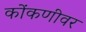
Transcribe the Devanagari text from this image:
कोंकणीवर